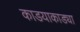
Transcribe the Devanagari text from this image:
काडयाकाड्या